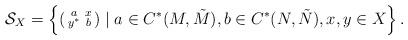
LaTeX: \begin{align*}\mathcal S_X = \left\{ \left( \begin{smallmatrix}a & x \\y^* & b\end{smallmatrix} \right) \mid a \in C^*(M, \tilde M), b \in C^*(N, \tilde N), x, y \in X\right\}.\end{align*}